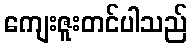
ကျေးဇူးတင်ပါသည်